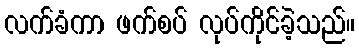
လက်ခံကာ ဖက်စပ် လုပ်ကိုင်ခဲ့သည်။